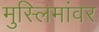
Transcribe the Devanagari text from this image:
मुस्लिमांवर